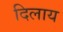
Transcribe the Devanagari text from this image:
दिलाय